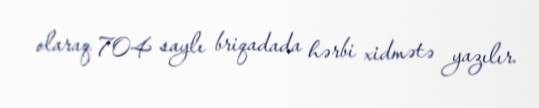
olaraq 704 saylı briqadada hərbi xidmətə yazılır.